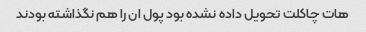
هات چاکلت تحویل داده نشده بود پول ان را هم نگذاشته بودند